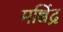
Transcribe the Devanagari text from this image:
मच्चिंद्र